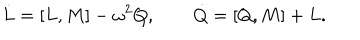
\dot { L } = [ L , M ] - \omega ^ { 2 } Q , \qquad \dot { Q } = [ Q , M ] + L .